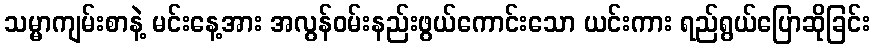
သမ္မာကျမ်းစာနဲ့ မင်းနေ့အား အလွန်ဝမ်းနည်းဖွယ်ကောင်းသော ယင်းကား ရည်ရွယ်ပြောဆိုခြင်း